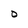
Character: O